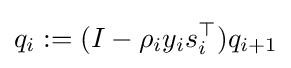
q_{i}:=(I-\rho _{i}y_{i}s_{i}^{\top })q_{i+1}